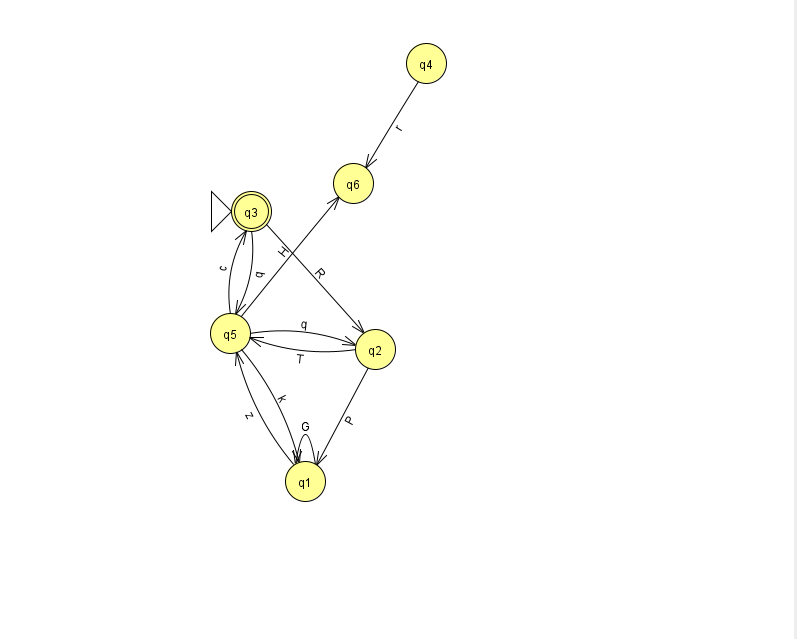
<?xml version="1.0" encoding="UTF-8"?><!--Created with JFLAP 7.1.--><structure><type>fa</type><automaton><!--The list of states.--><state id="1" name="q1"><x>305.0</x><y>468.0</y></state><state id="2" name="q2"><x>375.0</x><y>336.0</y></state><state id="3" name="q3"><x>251.0</x><y>198.0</y><initial/><final/></state><state id="4" name="q4"><x>426.0</x><y>50.0</y></state><state id="5" name="q5"><x>230.0</x><y>320.0</y></state><state id="6" name="q6"><x>353.0</x><y>170.0</y></state><!--The list of transitions.--><transition><from>1</from><to>5</to><read>z</read></transition><transition><from>4</from><to>6</to><read>r</read></transition><transition><from>5</from><to>6</to><read>H</read></transition><transition><from>5</from><to>1</to><read>k</read></transition><transition><from>5</from><to>3</to><read>c</read></transition><transition><from>3</from><to>5</to><read>q</read></transition><transition><from>2</from><to>1</to><read>P</read></transition><transition><from>1</from><to>1</to><read>G</read></transition><transition><from>2</from><to>5</to><read>T</read></transition><transition><from>3</from><to>2</to><read>R</read></transition><transition><from>5</from><to>2</to><read>q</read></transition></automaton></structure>